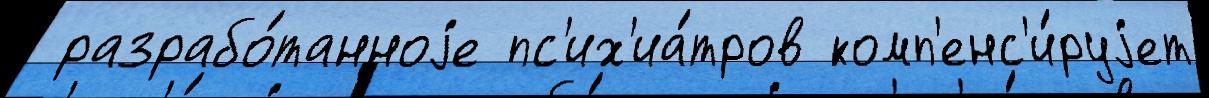
 разрабо́танноjе пс'их'иа́тров комп'енс'и́руjет